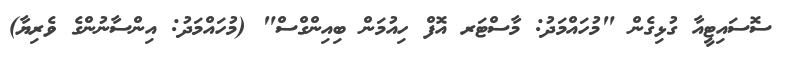
ސޮސައިޓީއާ ގުޅިގެން "މުހައްމަދު: މާސްޓަރ އޮފް ހިއުމަން ބިއިންގްސް" (މުހައްމަދު: އިންސާނުންގެ ވެރިޔާ)